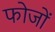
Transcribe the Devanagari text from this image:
फोजों